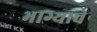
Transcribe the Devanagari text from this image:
भाग्याचे